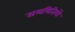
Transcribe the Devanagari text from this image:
सममितियों